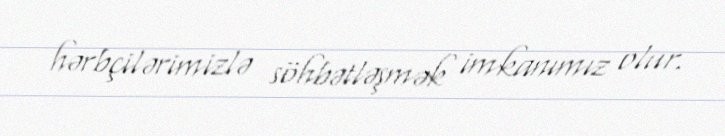
hərbçilərimizlə söhbətləşmək imkanımız olur.